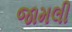
જામલી